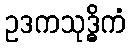
ဥဒကသုဒ္ဓိကံ